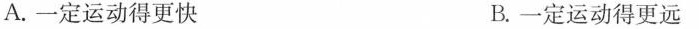
A.一定运动得更快 B.一定运动得更远